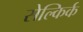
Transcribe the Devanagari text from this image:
सेल्किर्क